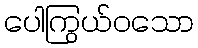
ပေါကြွယ်ဝသော